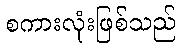
စကားလုံးဖြစ်သည်